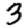
Digit: 3